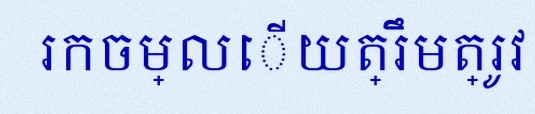
រកចម្លើយត្រឹមត្រូវ